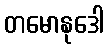
တမောနုဒေါ